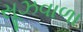
સૂઝવાળા